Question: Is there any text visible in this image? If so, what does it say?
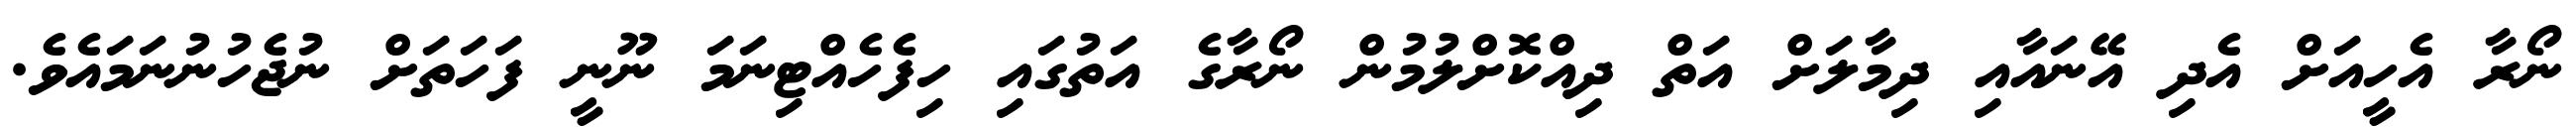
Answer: ނޯރާ އެހީއަށް އެދި އޭނައާއި ދިމާލަށް އަތް ދިއްކޮށްލުމުން ނޯރާގެ އަތުގައި ހިފެހެއްޓިނަމަ ނޫނީ ފަހަތަށް ނުޖެހުނުނަމައެވެ.